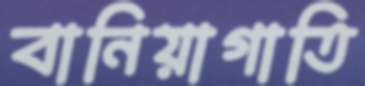
বানিয়াগাতি